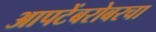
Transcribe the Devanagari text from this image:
आपटेंबरोबरचा